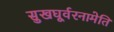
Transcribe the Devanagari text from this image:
सुखघूर्वरनामेति